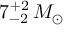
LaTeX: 7 _ { - 2 } ^ { + 2 } \, M _ { \odot }